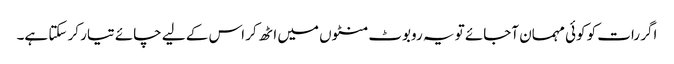
اگر رات کو کوئی مہمان آجائے تو یہ روبوٹ منٹوں میں اٹھ کر اس کے لیے چائے تیار کر سکتا ہے۔